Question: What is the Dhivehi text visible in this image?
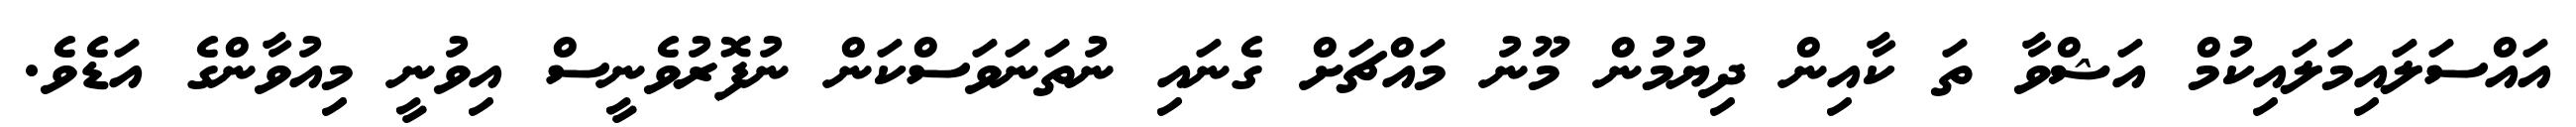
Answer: އައްސަލައިމަލައިކުމް އަޝްވާ ތަ ކާއިން ދިޔުމުން މޫނު މައްޗަށް ގެނައި ނުތަނަވަސްކަން ނުފޮރުވެނީސް އިވުނީ މިއުވާންގެ އަޑެވެ.